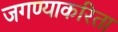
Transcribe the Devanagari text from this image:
जगण्याकरिता